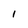
Character: l